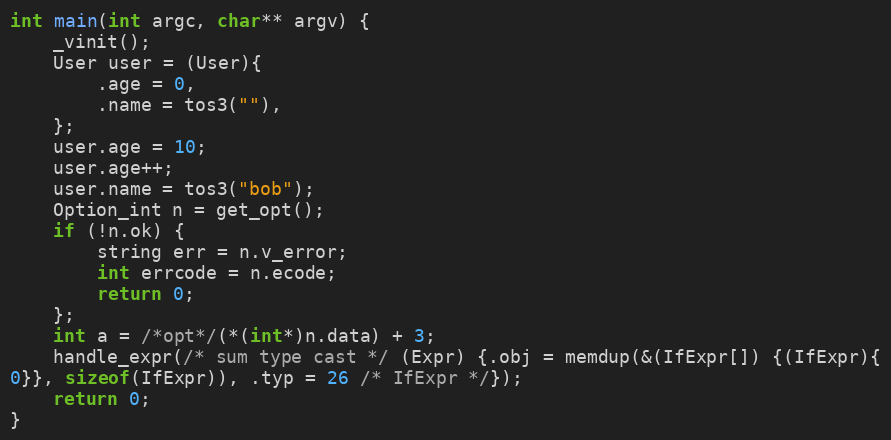
Language: C
int main(int argc, char** argv) {
	_vinit();
	User user = (User){
		.age = 0,
		.name = tos3(""),
	};
	user.age = 10;
	user.age++;
	user.name = tos3("bob");
	Option_int n = get_opt();
	if (!n.ok) {
		string err = n.v_error;
		int errcode = n.ecode;
		return 0;
	};
	int a = /*opt*/(*(int*)n.data) + 3;
	handle_expr(/* sum type cast */ (Expr) {.obj = memdup(&(IfExpr[]) {(IfExpr){
0}}, sizeof(IfExpr)), .typ = 26 /* IfExpr */});
	return 0;
}